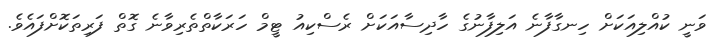
ވަނީ ކުއްލިއަކަށް ހިނގާފާނެ އަލިފާނުގެ ހާދިސާއަކަށް ރެސްކިއު ޓީމް ހަރަކާތްތެރިވާނެ ގޮތް ފަރިތަކޮށްފައެވެ.